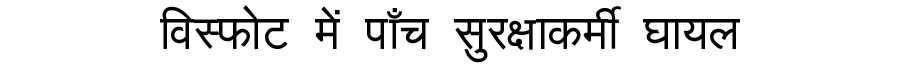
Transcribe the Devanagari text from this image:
विस्फोट में पाँच सुरक्षाकर्मी घायल